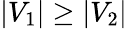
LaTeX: |V_{1}|\geq|V_{2}|